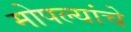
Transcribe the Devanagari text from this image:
मोपल्यांचे